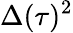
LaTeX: \Delta(\tau)^{2}